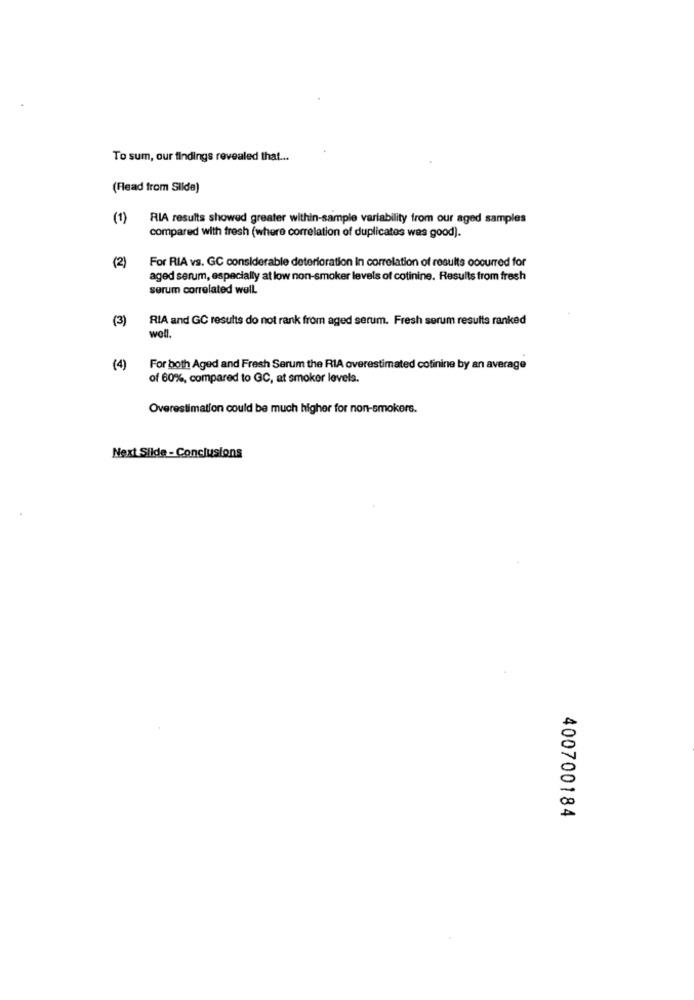
To sum, our findings revealed that ...
(Read from Slide)
(1)
RIA results showed greater within-sample variability from our aged samples
compared with fresh (where correlation of duplicates was good).
For RIA vs. GC considerable deterioration in correlation of results occurred for
(2)
aged serum, especially at low non-smoker levels of cotinine. Results from fresh
serum correlated well.
(3)
RIA and GC results do not rank from aged serum. Fresh serum results ranked
well.
(4)
For both Aged and Fresh Serum the RIA overestimated cotinine by an average
of 60%, compared to GC, at smoker levels.
Overestimation could be much higher for non-smokers.
Next Slide - Conclusions
400700184